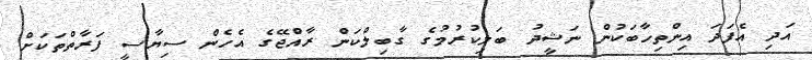
އަދި އެފަދަ އިންތިހާބަކުން ނަޝީދު ބަލިކުރުމުގެ ގާބިލްކަން ރާއްޖޭގެ އެހެން ސިޔާސީ ފަރާތްތަކަށް